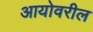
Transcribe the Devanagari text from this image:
आयोवरील